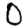
Digit: 0